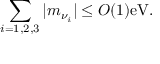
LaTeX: \sum _ { i = 1 , 2 , 3 } | m _ { \nu _ { i } } | \leq O ( 1 ) \mathrm { e V } .